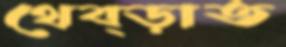
থেব্‌ড়াত